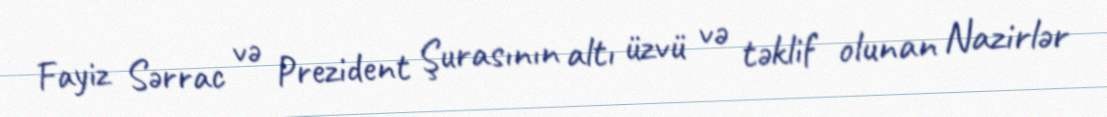
Fayiz Sərrac və Prezident Şurasının altı üzvü və təklif olunan Nazirlər